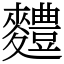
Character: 䵄